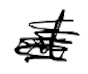
Text: at
Cross-out: scratch
Writing tool: digital_black